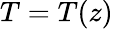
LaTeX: T=T(z)